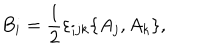
B _ { i } = \frac { 1 } { 2 } \varepsilon _ { i j k } \{ A _ { j } , A _ { k } \} ,